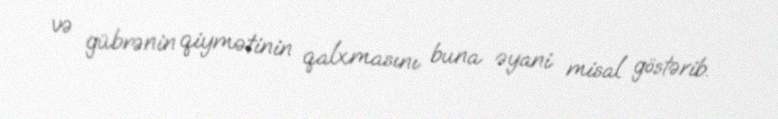
və gübrənin qiymətinin qalxmasını buna əyani misal göstərib.